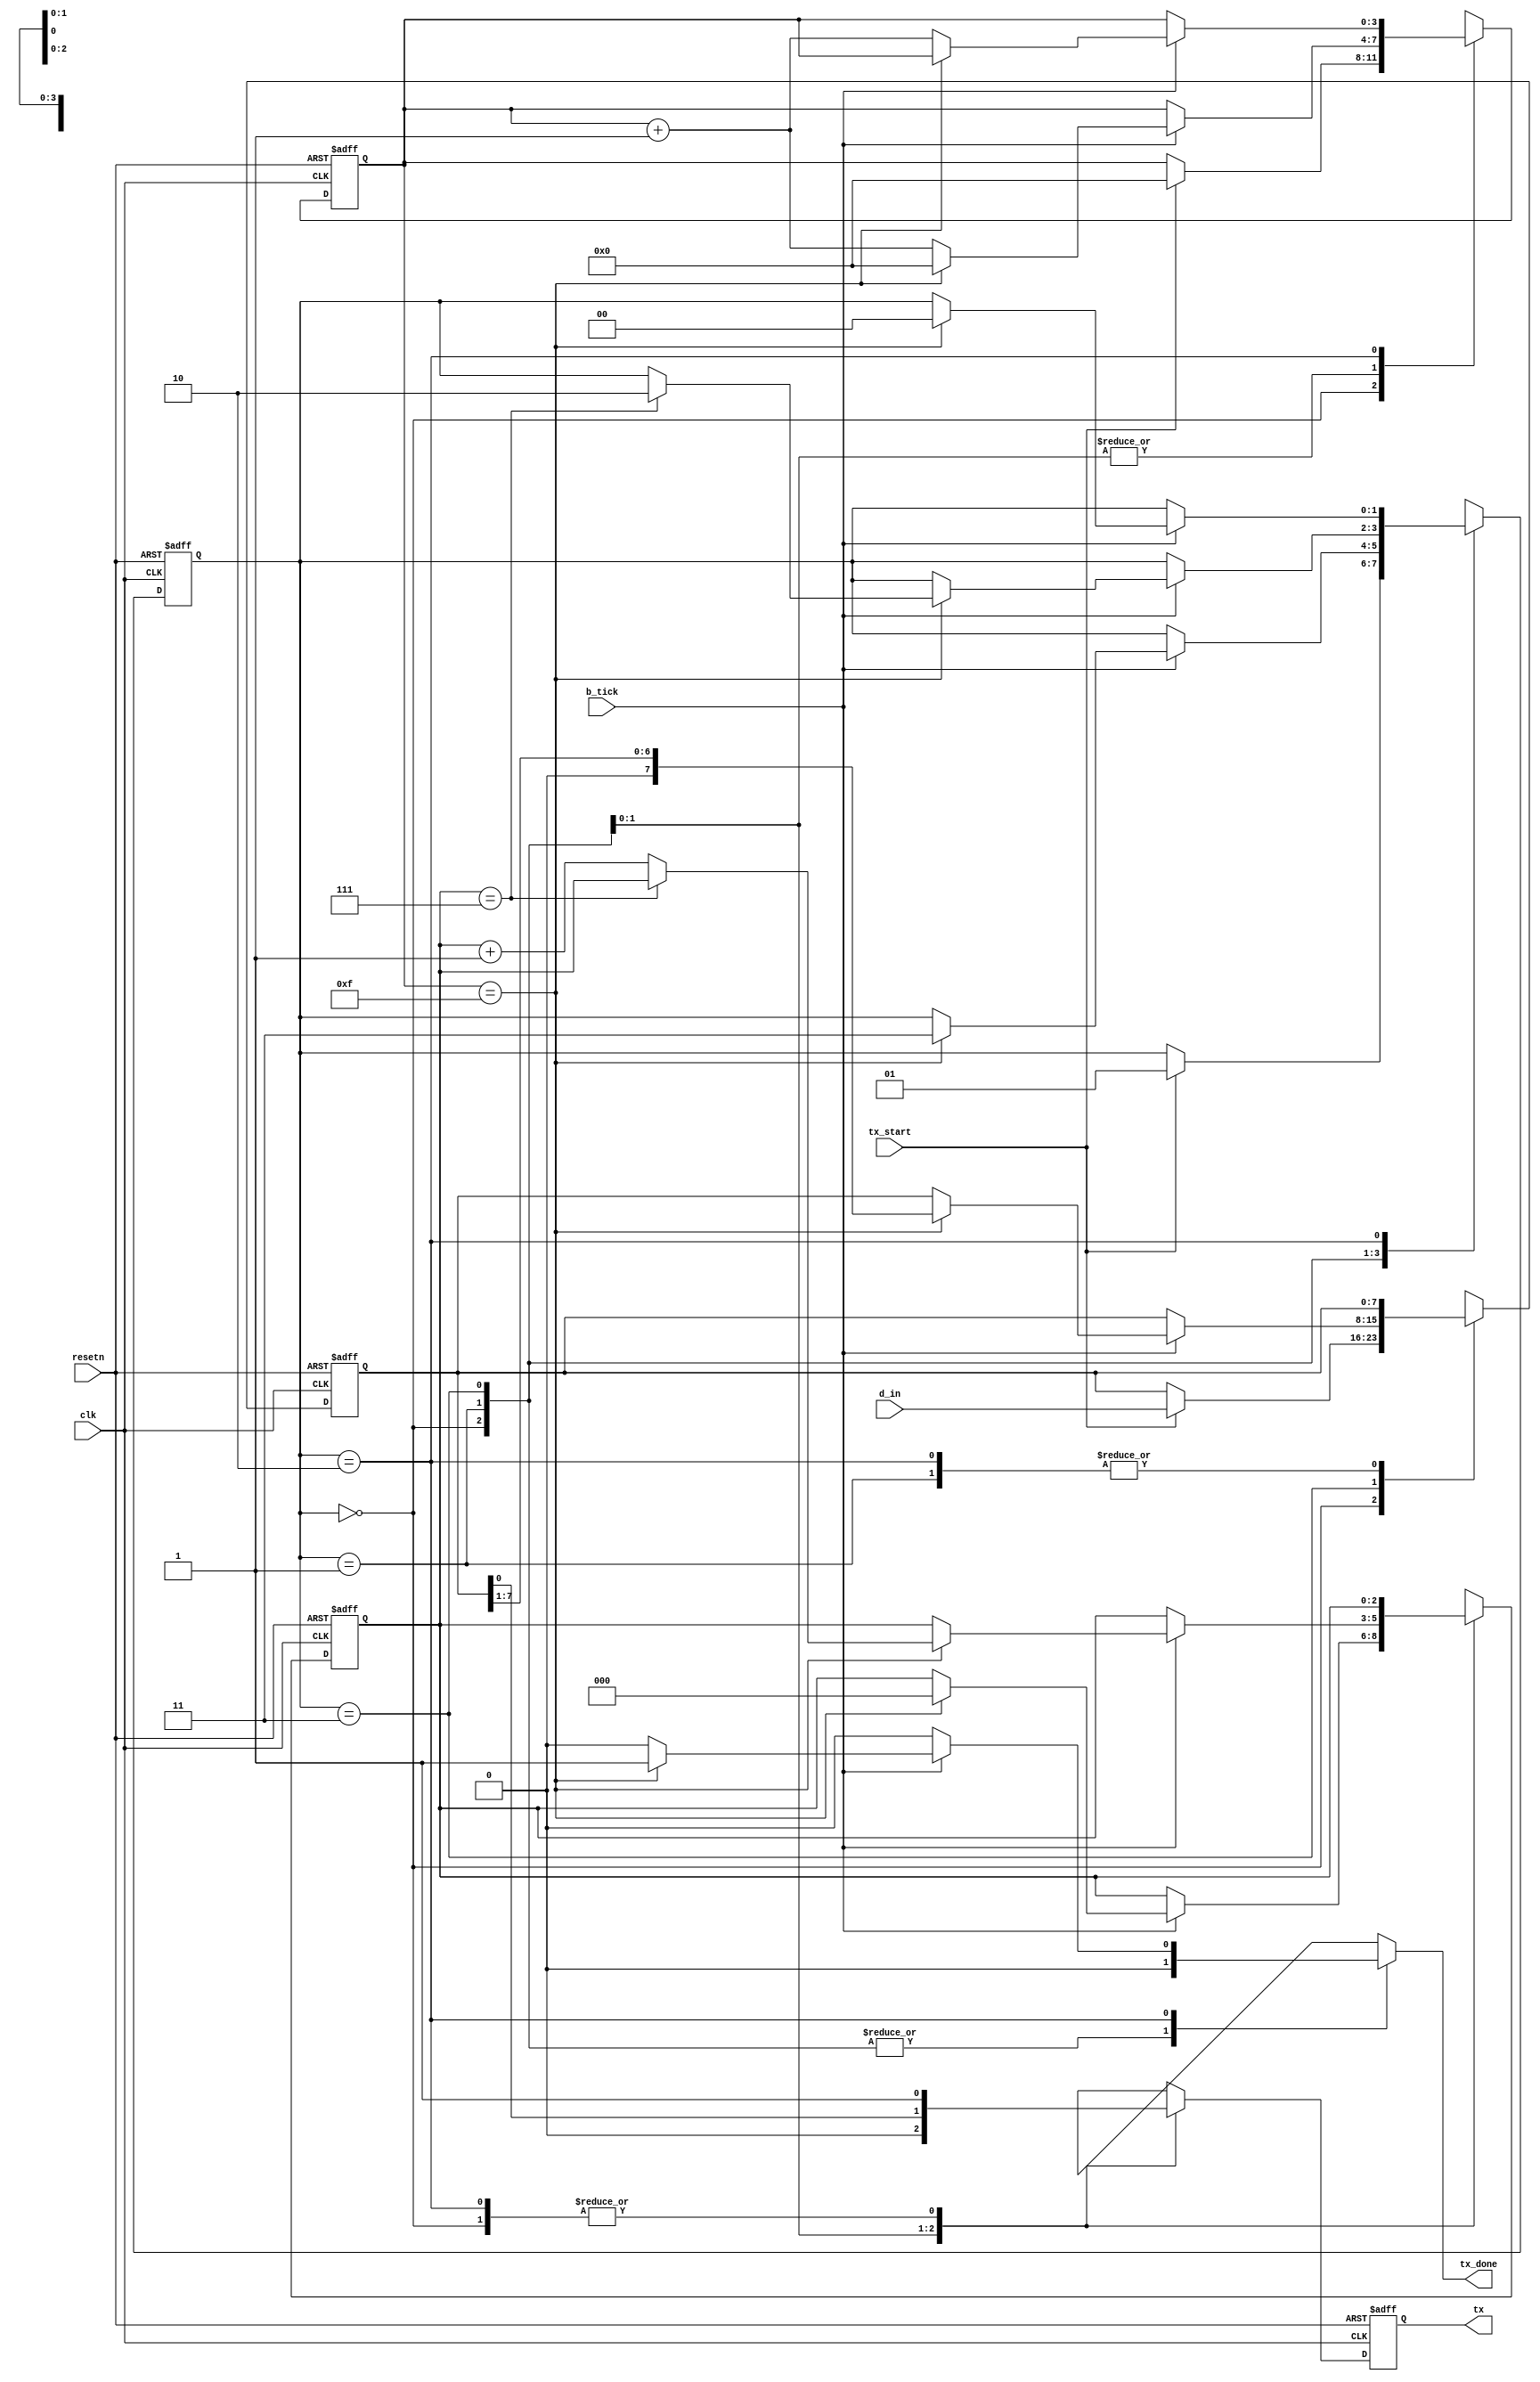
//////////////////////////////////////////////////////////////////////////////////
//END USER LICENCE AGREEMENT                                                    //
//                                                                              //
//Copyright (c) 2012, ARM All rights reserved.                                  //
//                                                                              //
//THIS END USER LICENCE AGREEMENT (LICENCE) IS A LEGAL AGREEMENT BETWEEN      //
//YOU AND ARM LIMITED ("ARM") FOR THE USE OF THE SOFTWARE EXAMPLE ACCOMPANYING  //
//THIS LICENCE. ARM IS ONLY WILLING TO LICENSE THE SOFTWARE EXAMPLE TO YOU ON   //
//CONDITION THAT YOU ACCEPT ALL OF THE TERMS IN THIS LICENCE. BY INSTALLING OR  //
//OTHERWISE USING OR COPYING THE SOFTWARE EXAMPLE YOU INDICATE THAT YOU AGREE   //
//TO BE BOUND BY ALL OF THE TERMS OF THIS LICENCE. IF YOU DO NOT AGREE TO THE   //
//TERMS OF THIS LICENCE, ARM IS UNWILLING TO LICENSE THE SOFTWARE EXAMPLE TO    //
//YOU AND YOU MAY NOT INSTALL, USE OR COPY THE SOFTWARE EXAMPLE.                //
//                                                                              //
//ARM hereby grants to you, subject to the terms and conditions of this Licence,//
//a non-exclusive, worldwide, non-transferable, copyright licence only to       //
//redistribute and use in source and binary forms, with or without modification,//
//for academic purposes provided the following conditions are met:              //
//a) Redistributions of source code must retain the above copyright notice, this//
//list of conditions and the following disclaimer.                              //
//b) Redistributions in binary form must reproduce the above copyright notice,  //
//this list of conditions and the following disclaimer in the documentation     //
//and/or other materials provided with the distribution.                        //
//                                                                              //
//THIS SOFTWARE EXAMPLE IS PROVIDED BY THE COPYRIGHT HOLDER "AS IS" AND ARM     //
//EXPRESSLY DISCLAIMS ANY AND ALL WARRANTIES, EXPRESS OR IMPLIED, INCLUDING     //
//WITHOUT LIMITATION WARRANTIES OF MERCHANTABILITY AND FITNESS FOR A PARTICULAR //
//PURPOSE, WITH RESPECT TO THIS SOFTWARE EXAMPLE. IN NO EVENT SHALL ARM BE LIABLE/
//FOR ANY DIRECT, INDIRECT, INCIDENTAL, PUNITIVE, OR CONSEQUENTIAL DAMAGES OF ANY/
//KIND WHATSOEVER WITH RESPECT TO THE SOFTWARE EXAMPLE. ARM SHALL NOT BE LIABLE //
//FOR ANY CLAIMS, DAMAGES OR OTHER LIABILITY, WHETHER IN AN ACTION OF CONTRACT, //
//TORT OR OTHERWISE, ARISING FROM, OUT OF OR IN CONNECTION WITH THE SOFTWARE    //
//EXAMPLE OR THE USE OR OTHER DEALINGS IN THE SOFTWARE EXAMPLE. FOR THE AVOIDANCE/
// OF DOUBT, NO PATENT LICENSES ARE BEING LICENSED UNDER THIS LICENSE AGREEMENT.//
//////////////////////////////////////////////////////////////////////////////////


module UART_TX(
  input wire clk,
  input wire resetn,
  input wire tx_start,        
  input wire b_tick,          //baud rate tick
  input wire [7:0] d_in,      //input data
  output reg tx_done,         //transfer finished
  output wire tx              //output data to RS-232
  );
  
  
//STATE DEFINES  
  localparam [1:0] idle_st = 2'b00;
  localparam [1:0] start_st = 2'b01;
  localparam [1:0] data_st = 2'b11;
  localparam [1:0] stop_st = 2'b10;
  
//Internal Signals  
  reg [1:0] current_state;
  reg [1:0] next_state;
  reg [3:0] b_reg;          //baud tick counter
  reg [3:0] b_next;
  reg [2:0] count_reg;      //data bit counter
  reg [2:0] count_next;
  reg [7:0] data_reg;       //data register
  reg [7:0] data_next;
  reg tx_reg;               //output data reg
  reg tx_next;
  
//State Machine  
  always @(posedge clk, negedge resetn)
  begin
    if(!resetn)
      begin
        current_state <= idle_st;
        b_reg <= 0;
        count_reg <= 0;
        data_reg <= 0;
        tx_reg <= 1'b1;
      end
    else
      begin
        current_state <= next_state;
        b_reg <= b_next;
        count_reg <= count_next;
        data_reg <= data_next;
        tx_reg <= tx_next;
      end
  end


//Next State Logic  
  always @*
  begin
    next_state = current_state;
    tx_done = 1'b0;
    b_next = b_reg;
    count_next = count_reg;
    data_next = data_reg;
    tx_next = tx_reg;
    
    case(current_state)
      idle_st:
      begin
        tx_next = 1'b1;
        if(tx_start)
        begin
          next_state = start_st;
          b_next = 0;
          data_next = d_in;
        end
      end
      
      start_st: //send start bit
      begin
        tx_next = 1'b0;
        if(b_tick)
          if(b_reg==15)
            begin
              next_state = data_st;
              b_next = 0;
              count_next = 0;
            end
          else
            b_next = b_reg + 1;
      end
      
      data_st: //send data serially
      begin
        tx_next = data_reg[0];
        
        if(b_tick)
          if(b_reg == 15)
            begin
              b_next = 0;
              data_next = data_reg >> 1;
              if(count_reg == 7)    //8 data bits
                next_state = stop_st;
              else
                count_next = count_reg + 1;
            end
          else
            b_next = b_reg + 1;
      end
      
      stop_st: //send stop bit
      begin
        tx_next = 1'b1;
        if(b_tick)
          if(b_reg == 15)   //one stop bit
            begin
              next_state = idle_st;
              tx_done = 1'b1;
            end
          else
            b_next = b_reg + 1;
      end
    endcase
  end
  
  assign tx = tx_reg;
  
endmodule